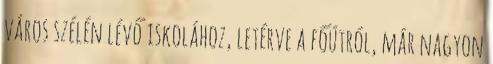
város szélén lévő iskolához, letérve a főútról, már nagyon